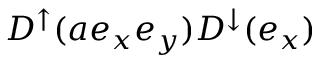
D ^ { \uparrow } ( a e _ { x } e _ { y } ) D ^ { \downarrow } ( e _ { x } )